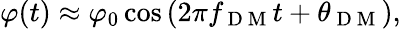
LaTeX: \varphi(t)\approx\varphi_{0}\cos\left(2\pi f_{\mathrm{~D~M~}}t+\theta_{\mathrm{~D~M~}}\right),